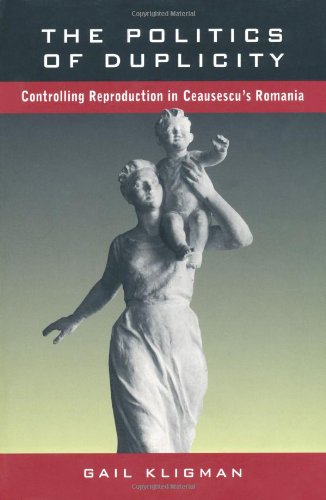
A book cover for The Politics of Duplicity: Controlling Reproduction in Ceausescu's Romania; Gail Kligman; History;